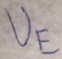
Text: UE